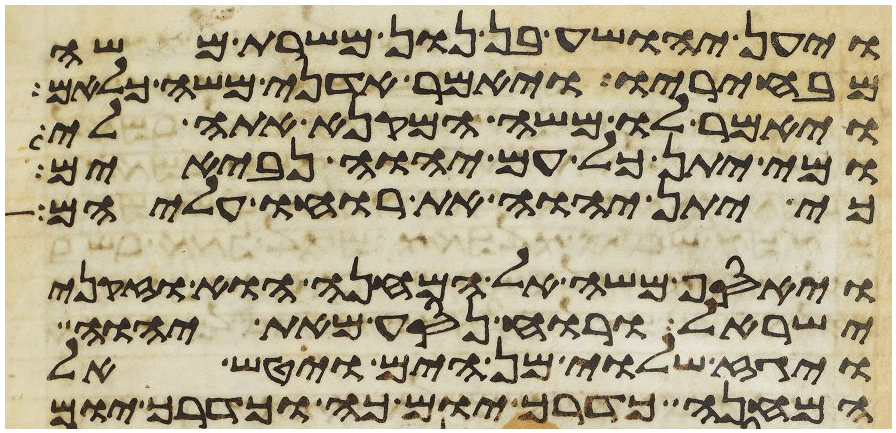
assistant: ויען יהושע בן נון משרת משה
מבחיריו ויאמר אדני משה כלאם
ויאמר לו משה המקנא אתה לי
ומי יתן כל עם יהוה נביאים
כי יתן יהוה את רוחו עליהם
ויאסף משה אל המחנה הוא וזקני
ישראל ורוח נסע מאת יהוה
ויגז שלוי מן הים ויטש אל
המחנה כדרך יום כה וכדרך יום